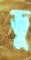
ভু